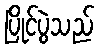
ပြိုင်ပွဲသည်